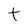
Character: t